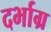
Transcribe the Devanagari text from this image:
दर्भाग्र